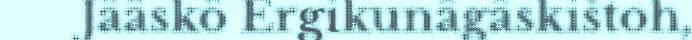
Jääskö Ergikunâgâskištoh,